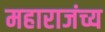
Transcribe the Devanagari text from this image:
महाराजंच्य